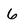
Character: 6